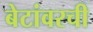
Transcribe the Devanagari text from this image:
बेटांवरची